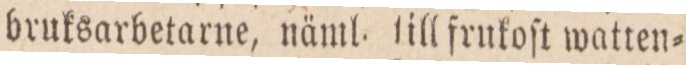
bruksarbetarne, näml. till frukoſt watten=